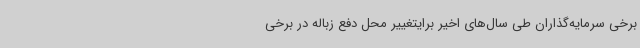
برخی سرمایه‌گذاران طی سال‌های اخیر برایتغییر محل دفع زباله در برخی